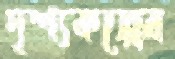
দৃশ্যকল্পের